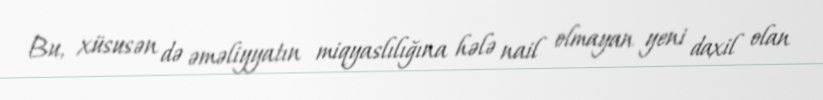
Bu, xüsusən də əməliyyatın miqyaslılığına hələ nail olmayan yeni daxil olan